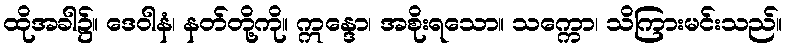
ထိုအခါ၌။ ဒေဝါနံ၊ နတ်တို့ကို။ ဣန္ဒော၊ အစိုးရသော။ သက္ကော၊ သိကြားမင်းသည်။